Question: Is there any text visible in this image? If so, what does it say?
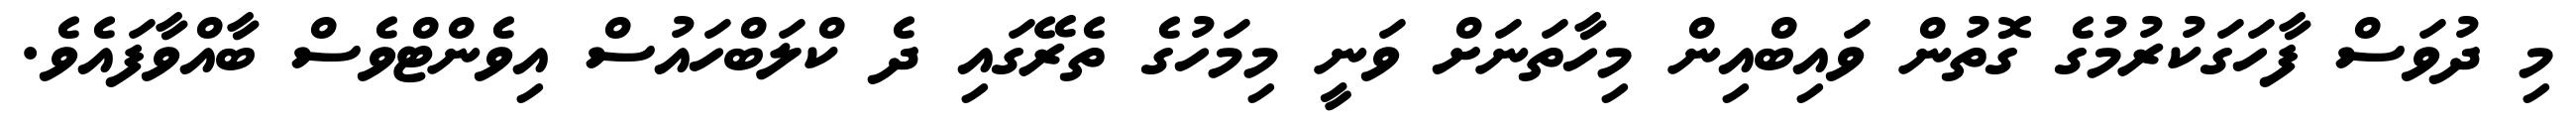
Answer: މި ދުވަސް ފާހަގަކުރުމުގެ ގޮތުން ވައިބްއިން މިހާތަނަށް ވަނީ މިމަހުގެ ތެރޭގައި ދެ ކްލަބްހައުސް އިވެންޓްވެސް ބާއްވާފައެވެ.